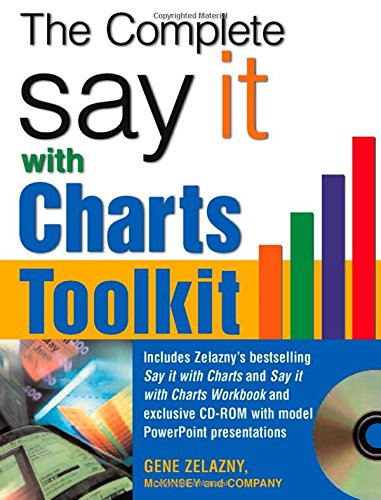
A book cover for The Say It With Charts Complete Toolkit, Cd-Rom; Gene Zelazny; Business & Money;